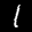
Label: 1